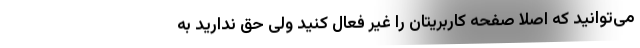
می‌توانید که اصلا صفحه کاربریتان را غیر فعال کنید ولی حق ندارید به